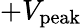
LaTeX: +V_{\mathrm{peak}}